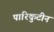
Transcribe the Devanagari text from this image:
पारिकुटीन